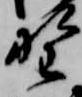
野